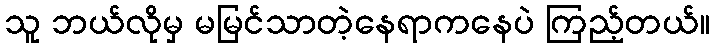
သူ ဘယ်လိုမှ မမြင်သာတဲ့နေရာကနေပဲ ကြည့်တယ်။